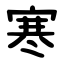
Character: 寒